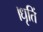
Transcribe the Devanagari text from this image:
।धृतिं